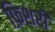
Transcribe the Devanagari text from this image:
फ़िशरी